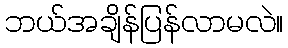
ဘယ်အချိန်ပြန်လာမလဲ။